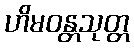
ဟိမဝန္တသုတ္တ